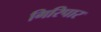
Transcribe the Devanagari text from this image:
गिरिपार